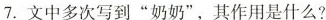
7.文中多次写到”奶奶”，其作用是什么?